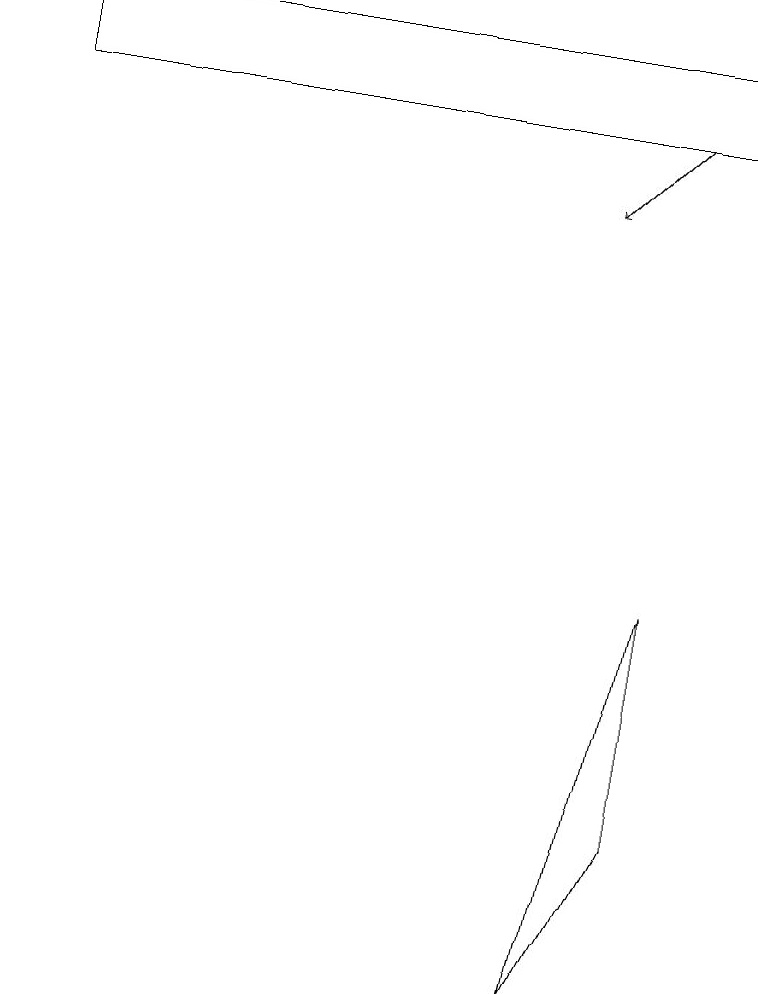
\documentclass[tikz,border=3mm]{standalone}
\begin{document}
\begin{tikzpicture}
\draw (8,5) -- (7,3) -- (8,8) -- cycle;
\draw[->] (8,14) -- (7,13);
\draw (0,15) rectangle (9,14);
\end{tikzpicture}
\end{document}